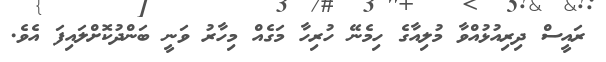
ރައީސް ދިރިއުޅުއްވާ މުލިއާގެ ހިމެނޭ ހުރިހާ މަގެއް މިހާރު ވަނީ ބަންދުކޮށްލައިފަ އެވެ.